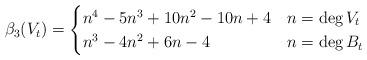
LaTeX: \begin{align*}\beta_3( V_{t} ) =\begin{cases}n^{4} - 5 n^{3} + 10 n^{2} - 10 n + 4 & n = \deg V_{t} \\n^{3} - 4 n^{2} + 6 n - 4 & n = \deg B_{t}\end{cases}\end{align*}